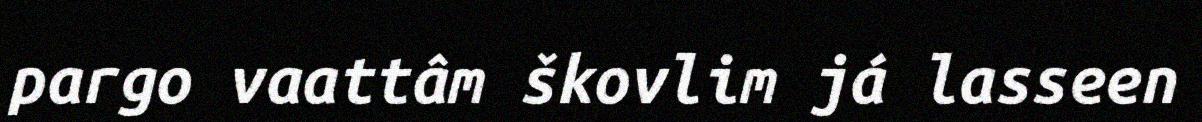
pargo vaattâm škovlim já lasseen